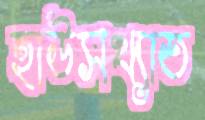
হাউসখ্যাত